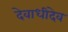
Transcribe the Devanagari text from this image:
देवाधीदेव